Indian journal of veterinary science and animal husbandry - Volumes 28-29, 1958-1959
Year: 1958
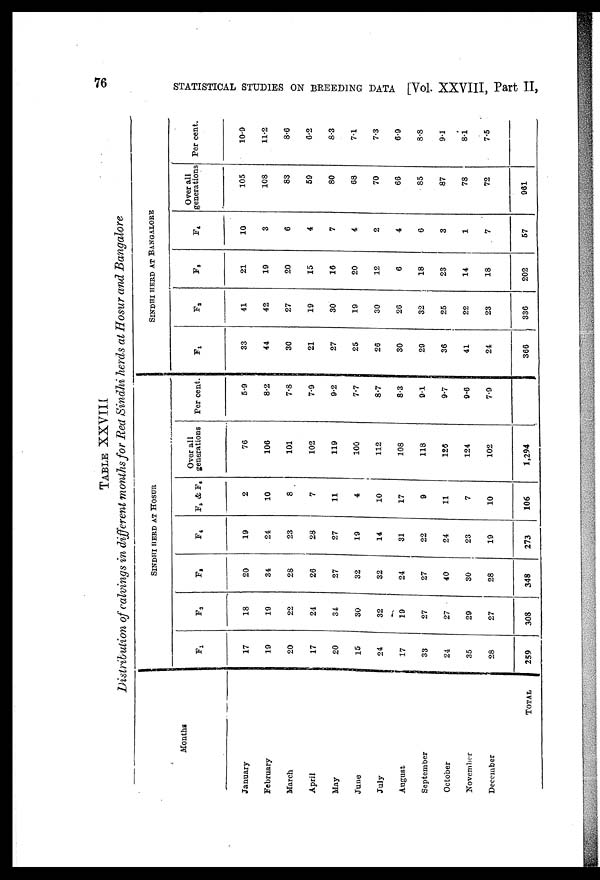
76
STATISTICAL STUDIES ON BREEDING DATA [Vol. XXVIII, Part II,
TABLE XXVIII
Distribution of calvings in different months for Red Sindhi herds at Hosur and Bangalore
Months
January
February
March
April
May
June
July
August
September
October
November
December
TOTAL
SINDHI HERD AT HOSUR
F1
17
19
20
17
20
15
24
17
33
24
35
28
259
F 3
18
19
22
24
34
30
32
19
27
27
29
27
308
F 3
20
34
28
26
27
32
32
24
27
40
30
28
348
F 4
19
24
23
28
27
19
14
31
22
24
23
19
273
F 5 & F 6
2
10
8
7
11
4
10
17
9
11
7
10
106
Over all
generations
76
106
101
102
119
100
112
108
118
126
124
102
1,294
Per cent.
5.9
8.2
7.8
7.9
9.2
7.7
8.7
8.3
9.1
9.7
9.6
7.9
SINDHI HERD AT BANGALORE
F 1
33
44
30
21
27
25
26
30
29
36
41
24
366
F 2
41
42
27
19
30
19
30
26
32
25
22
23
336
F 3
21
19
20
15
16
20
12
6
18
23
14
18
202
F 4
10
3
6
4
7
4
2
4
6
3
1
7
57
Over all
generations
105
108
83
59
80
68
70
66
85
87
78
72
961
Per cent.
10.9
11.2
8.6
6.2
8.3
7.1
7.3
6.9
8.8
9.1
8.1
7.5